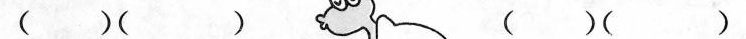
( )( )